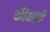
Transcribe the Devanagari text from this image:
कीभावे